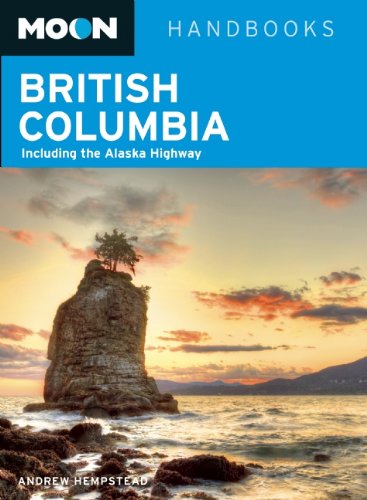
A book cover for Moon British Columbia: Including the Alaska Highway (Moon Handbooks); Andrew Hempstead; Travel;